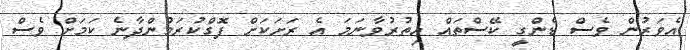
އެވަރުން ވެސް ޑެންގީ ކޭސްތައް އިތުރުވާނަމަ އެ ރަށަކަށް ފޮގްކުރަމުންދާނެ ކަމަށް ވެސް